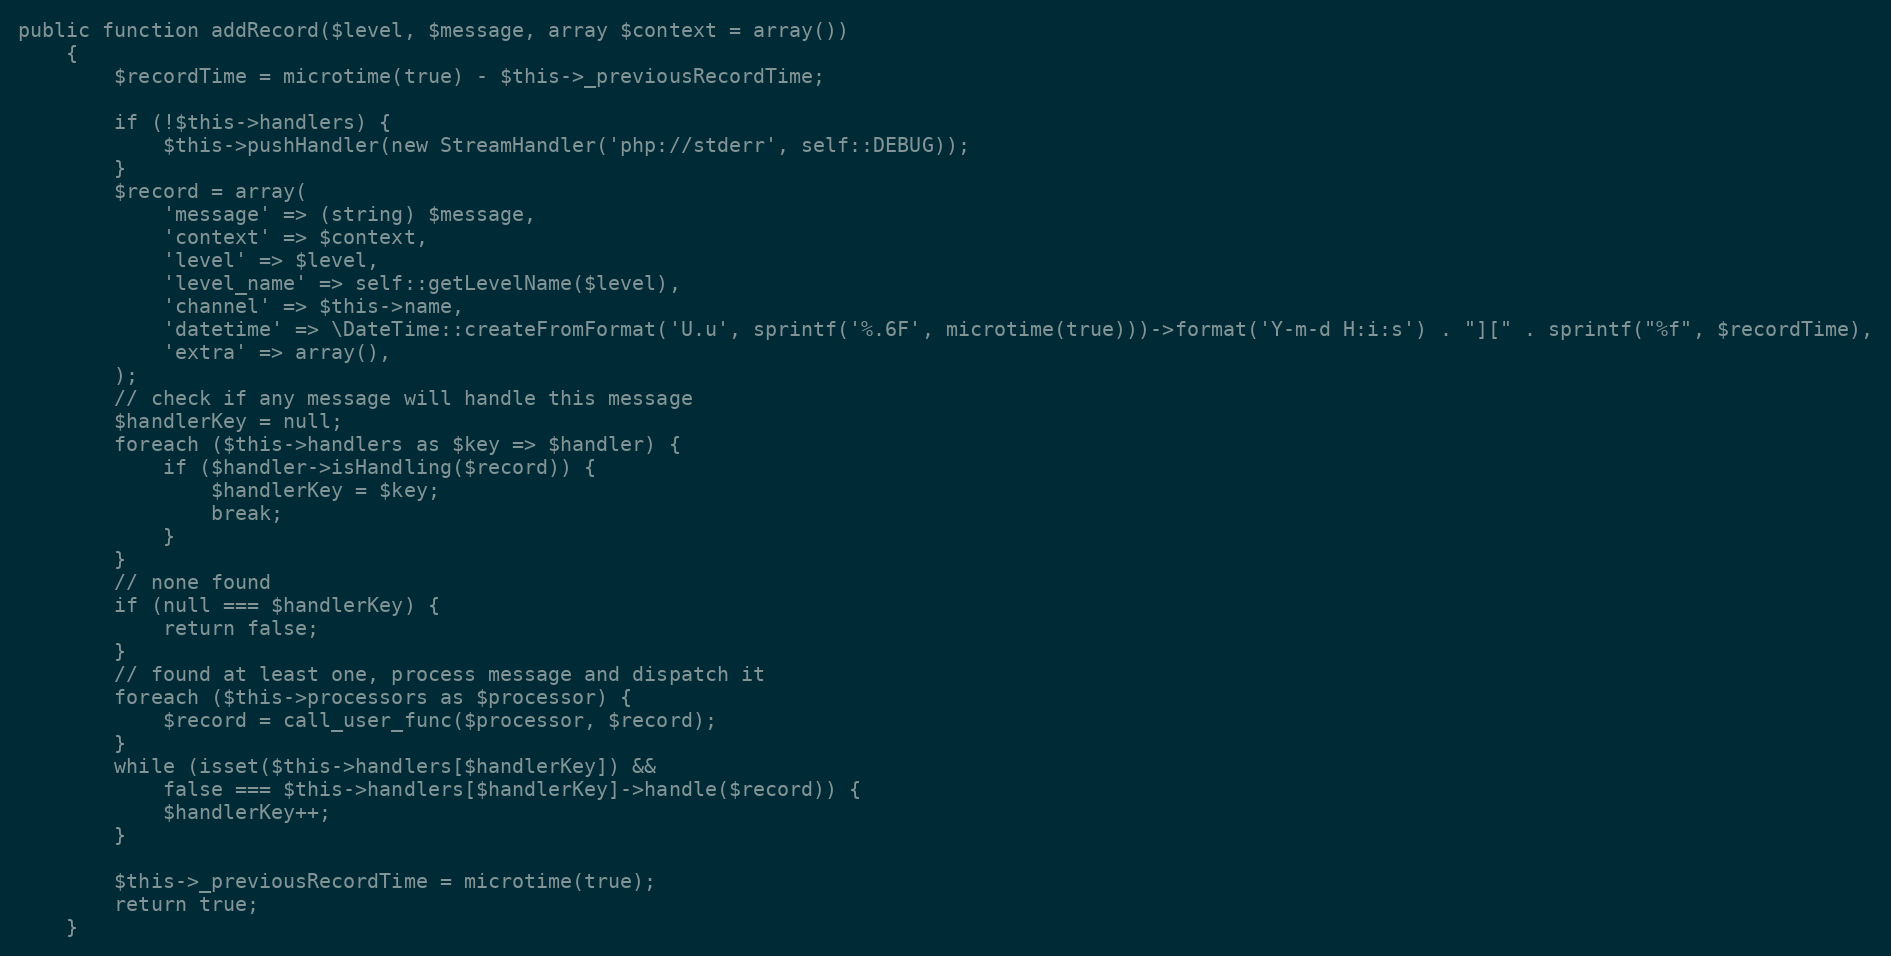
Language: PHP
public function addRecord($level, $message, array $context = array())
    {
        $recordTime = microtime(true) - $this->_previousRecordTime;

        if (!$this->handlers) {
            $this->pushHandler(new StreamHandler('php://stderr', self::DEBUG));
        }
        $record = array(
            'message' => (string) $message,
            'context' => $context,
            'level' => $level,
            'level_name' => self::getLevelName($level),
            'channel' => $this->name,
            'datetime' => \DateTime::createFromFormat('U.u', sprintf('%.6F', microtime(true)))->format('Y-m-d H:i:s') . "][" . sprintf("%f", $recordTime),
            'extra' => array(),
        );
        // check if any message will handle this message
        $handlerKey = null;
        foreach ($this->handlers as $key => $handler) {
            if ($handler->isHandling($record)) {
                $handlerKey = $key;
                break;
            }
        }
        // none found
        if (null === $handlerKey) {
            return false;
        }
        // found at least one, process message and dispatch it
        foreach ($this->processors as $processor) {
            $record = call_user_func($processor, $record);
        }
        while (isset($this->handlers[$handlerKey]) &&
            false === $this->handlers[$handlerKey]->handle($record)) {
            $handlerKey++;
        }

        $this->_previousRecordTime = microtime(true);
        return true;
    }